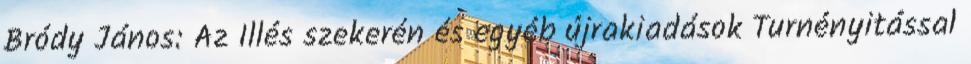
Bródy János: Az Illés szekerén és egyéb újrakiadások Turnényitással